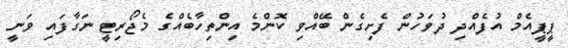
ޕީޕީއެމް އުފެއްދި ދުވަހުން ފެށިގެން ބޭއްވި ކޮންމެ އިންތިހާބެއްގެ މެޖޯރިޓީ ނަގާފައި ވަނީ